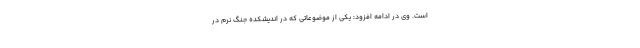
است. وی در ادامه افزود: یکی از موضوعاتی که در اندیشکده جنگ نرم در